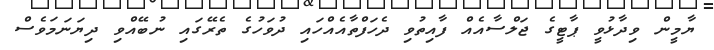
ޔާމީން ވިދާޅުވީ ޕާޓީގެ ޖަލްސާއެއް ފާއިތުވި ދެހަފްތާއެއްހައި ދުވަހުގެ ތެރޭގައި ނުބޭއްވި ދިޔަނަމަވެސް